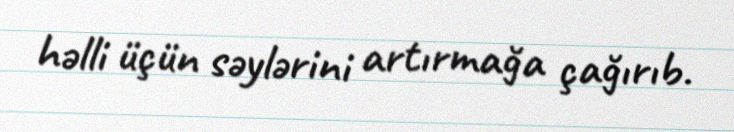
həlli üçün səylərini artırmağa çağırıb.